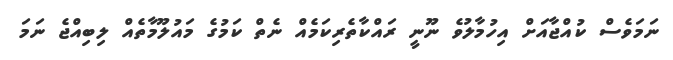
ނަމަވެސް ކުއްޖާއަށް އިހުމާލުވެ ނޫނީ ރައްކާތެރިކަމެއް ނެތް ކަމުގެ މައުލޫމާތެއް ލިބިއްޖެ ނަމަ